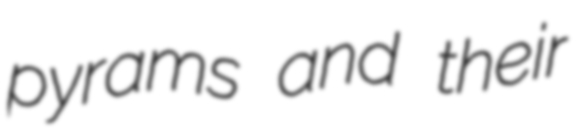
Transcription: pyrams and their